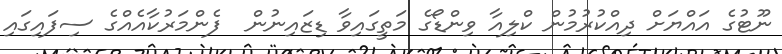
ނޫޓުގެ އައްޔަށް ދިއްކުރުމުން ކްލިއާ ވިންޑޯގެ މަތީގައިވާ ޑިޒައިނުން  ފެންމަރުކާއެއްގެ ސިފައިގައި